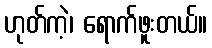
ဟုတ်ကဲ့၊ ရောက်ဖူးတယ်။